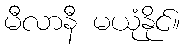
မီလာနီ မယုံနိုင်။